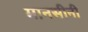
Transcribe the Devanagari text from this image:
मानसीनी